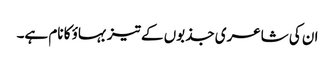
ان کی شاعری جذبوں کے تیز بہاؤ کا نام ہے۔